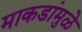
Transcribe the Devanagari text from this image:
माकडांमुळे